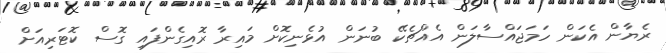
ރެޔާން އެކަން ހަމަޖައްސާލަން އެއްޗެކޭ ބުނަން އުޅެނިކޮށް މައިރާ ރޮއިގެންފައި ގޮސް ކޮޓަރިއަށް